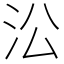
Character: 㳂